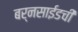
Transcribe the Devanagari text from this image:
बर्नसाईडची